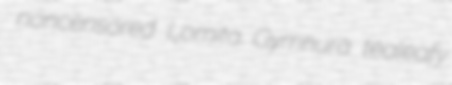
noncensored Lomita Gymnura tealeafy